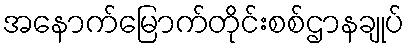
အနောက်မြောက်တိုင်းစစ်ဌာနချုပ်